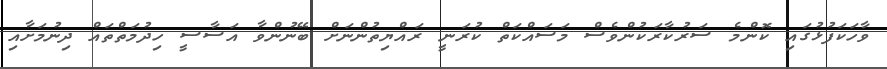
ވާހަކަފުޅުގައި ކޮންމެ ސަރުކާރަކުންވެސް މަސައްކަތް ކުރަނީ ރައްޔިތުންނަށް ބޭނުންވާ އަސާސީ ހިދުމަތްތައް ދިނުމަށާއި